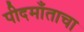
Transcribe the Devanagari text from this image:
पीदमाँताचा